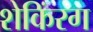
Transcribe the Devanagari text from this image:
शेकिंरग